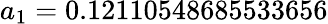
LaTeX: a_{1}=0.12110548685533656